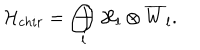
LaTeX: { \cal H } _ { c h i r } = \bigoplus _ { l } { \cal H } _ { l } \otimes \overline { { { W } } } _ { l } .